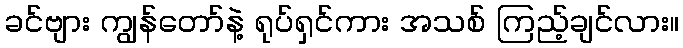
ခင်ဗျား ကျွန်တော်နဲ့ ရုပ်ရှင်ကား အသစ် ကြည့်ချင်လား။